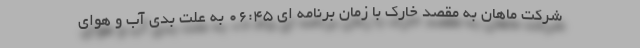
شرکت ماهان به مقصد خارک با زمان برنامه ای ۰۶:۴۵ به علت بدی آب و هوای